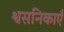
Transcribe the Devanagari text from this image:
श्वसनिकाएँ